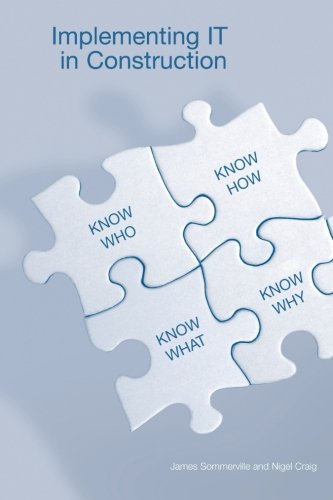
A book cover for Implementing IT in Construction; James Sommerville; Business & Money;